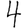
Digit: 4